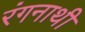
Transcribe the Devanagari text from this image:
रंगनाथी